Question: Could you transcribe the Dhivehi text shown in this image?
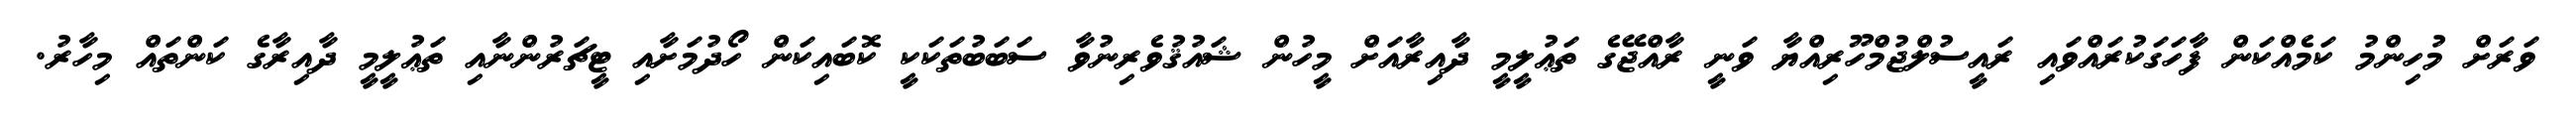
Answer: ވަރަށް މުހިންމު ކަމެއްކަން ފާހަގަކުރައްވައި ރައީސުލްޖުމްހޫރިއްޔާ ވަނީ ރާއްޖޭގެ ތަޢުލީމީ ދާއިރާއަށް މީހުން ޝައުޤުވެރިނުވާ ސަބަބުތަކަކީ ކޮބައިކަން ހޯދުމަށާއި ޓީޗަރުންނާއި ތަޢުލީމީ ދާއިރާގެ ކަންތައް މިހާރު.